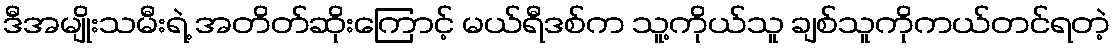
ဒီအမျိုးသမီးရဲ့ အတိတ်ဆိုးကြောင့် မယ်ရီဒစ်က သူ့ကိုယ်သူ ချစ်သူကိုကယ်တင်ရတဲ့